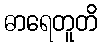
ဓာရေတူတိ